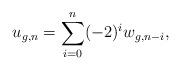
LaTeX: \begin{align*} u_{g,n}=\sum_{i=0}^n(-2)^iw_{g,n-i},\end{align*}